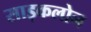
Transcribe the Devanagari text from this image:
साइकलोन